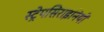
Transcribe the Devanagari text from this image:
स्ट्रेपसिराइनियों